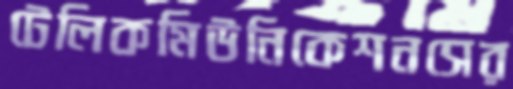
টেলিকমিউনিকেশনসের